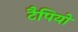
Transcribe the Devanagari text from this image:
टैपियो